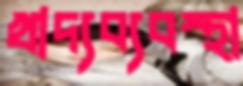
খাদ্যব্যবস্থা